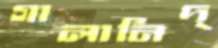
গালানিদ্